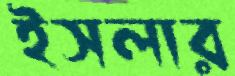
ইসলার